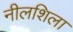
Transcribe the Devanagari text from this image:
नीलशिला